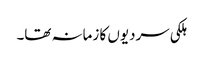
ہلکی سردیوں کا زمانہ تھا۔